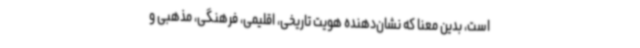
است، بدین معنا که نشان‌دهنده هویت تاریخی، اقلیمی، فرهنگی، مذهبی و